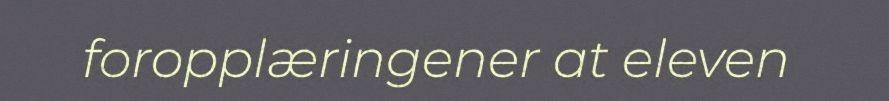
foropplæringener at eleven